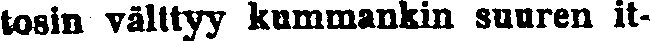
tosin välttyy kummankin suuren it-